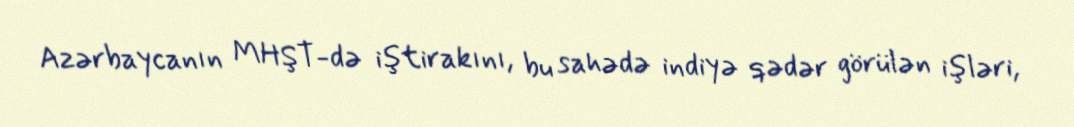
Azərbaycanın MHŞT-də iştirakını, bu sahədə indiyə qədər görülən işləri,